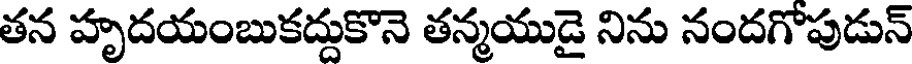
తన హృదయంబుకద్దుకొనె తన్మయుడై నిను నందగోపుడున్